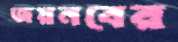
জয়নবের